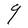
Character: q